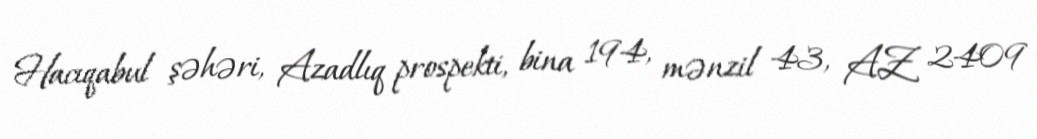
Hacıqabul şəhəri, Azadlıq prospekti, bina 194, mənzil 43, AZ 2409